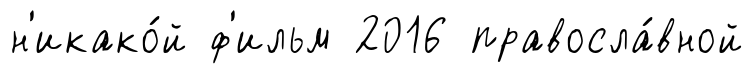
н'икако́й ф'ильм 2016 правосла́вной